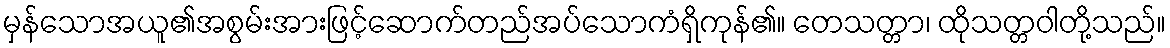
မှန်သောအယူ၏အစွမ်းအားဖြင့်ဆောက်တည်အပ်သောကံရှိကုန်၏။ တေသတ္တာ၊ ထိုသတ္တဝါတို့သည်။